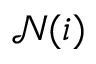
\mathcal { N } ( i )